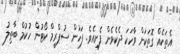
އެތަކެއް ގޮތަކަށް ވާހަކަ ދެކެވެން ފެށިއެވެ. ފަހުން ސުޕްރީމް ކޯޓުން ހުކުމް ބާޠިލު